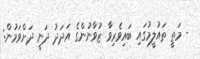
- މަތީ ތައުލީމުގައި ބައިވެރިވާ ޒުވާނުންގެ އަދަދު ދަނީ ދަށްވަމުން: